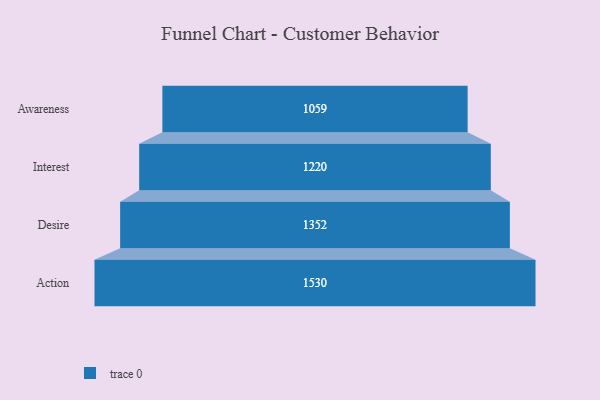
{"axis": {"x": "Stage", "y": "Value"}, "legend": [""], "data": [{"x": "Awareness", "y": 1059.0, "type": ""}, {"x": "Interest", "y": 1220.0, "type": ""}, {"x": "Desire", "y": 1352.0, "type": ""}, {"x": "Action", "y": 1530.0, "type": ""}]}